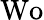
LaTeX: \textrm{Wo}